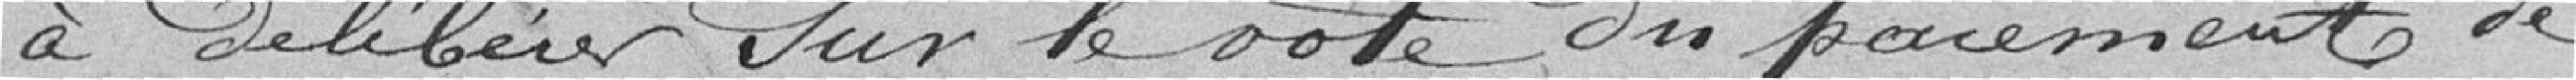
à délibérer sur le vote du paiement de